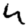
Digit: 4